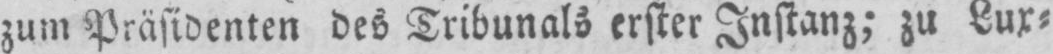
zum Präsidenten des Tribunals erster Instanz; zu Lux⸗